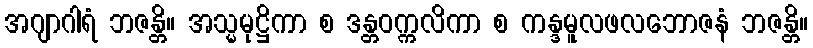
အဂျာဂါရံ ဘဇန္တိ။ အသ္မမုဋ္ဌိကာ စ ဒန္တဝက္ကလိကာ စ ကန္ဒမူလဖလဘောဇနံ ဘဇန္တိ။